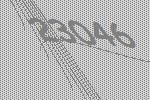
23046